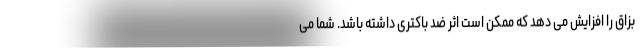
بزاق را افزایش می دهد که ممکن است اثر ضد باکتری داشته باشد. شما می